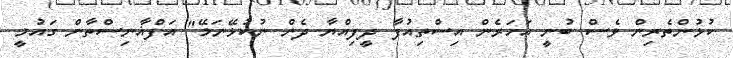
ކުޅުންތެރިން ވެސް ބުނީ އަހަރެން އިސްތިއުފާ ދީފިއްޔާ ދެން ނުކުޅޭނަމޭ" އަފްޣާނިސްތާން ގައުމީ